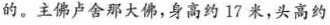
的。主佛卢舍那大佛，身高约17米，头高约